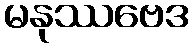
မနုဿဗေဒ